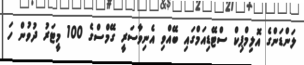
ލަންޑަންގެ އޮލިމްޕިކް ސްޓޭޑިއަމްގައި ބޭއްވި އެނިވާސަރީ ގޭމްސްގެ 100 މީޓަރު ދުވުން ހަ